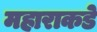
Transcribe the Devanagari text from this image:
महाराकडे